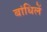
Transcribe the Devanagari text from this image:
बांधिलें